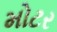
મોટર